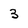
Character: 3